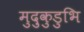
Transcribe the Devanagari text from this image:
मुदुकुडुभि